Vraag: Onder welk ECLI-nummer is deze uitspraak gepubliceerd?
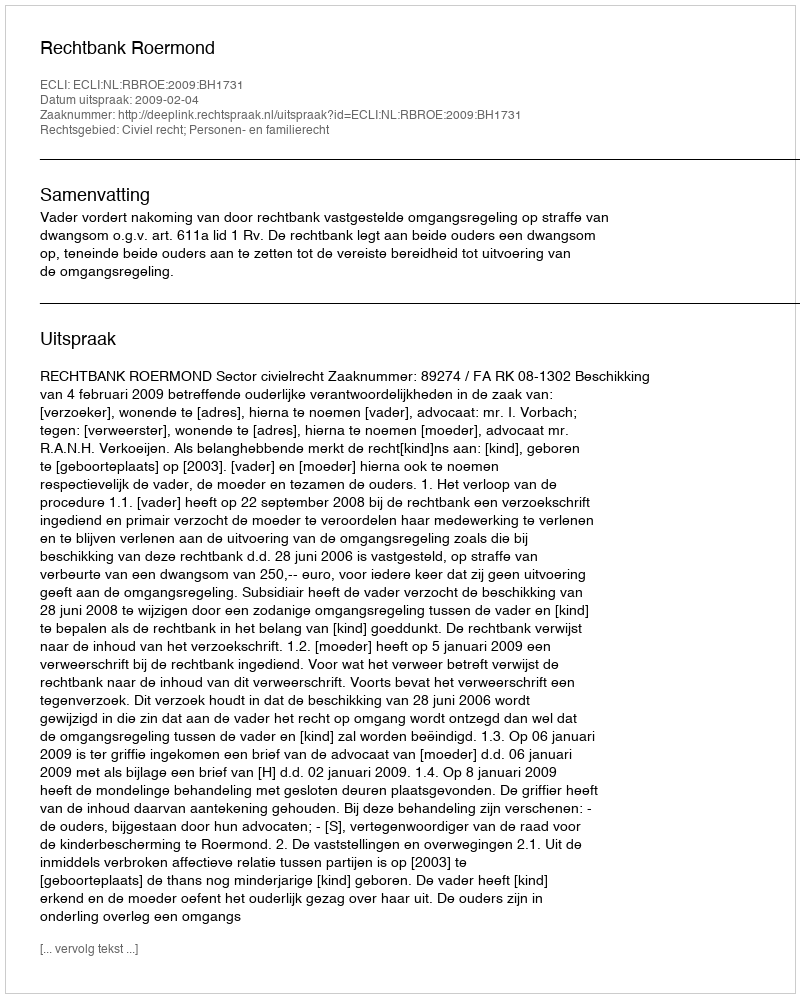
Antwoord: ECLI:NL:RBROE:2009:BH1731